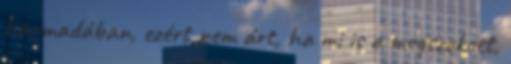
harmadában, ezért nem árt, ha mi is a megszokott,